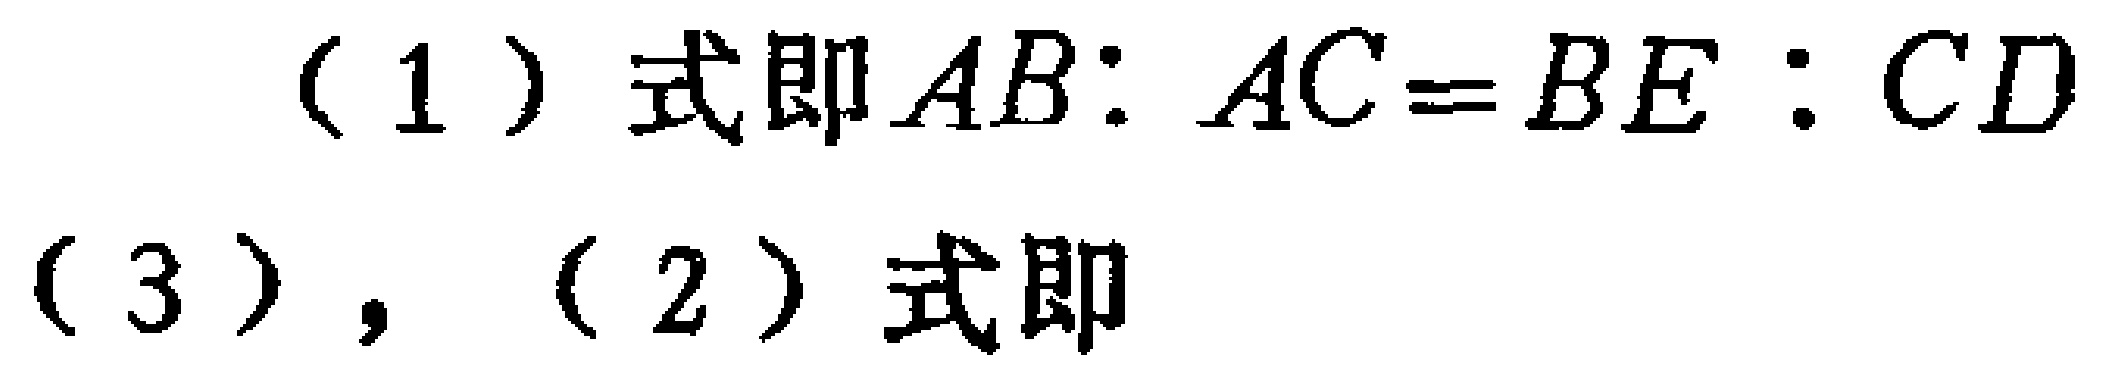
(1) 式即 \(AB:AC = BE:CD\)

(3)，(2) 式即